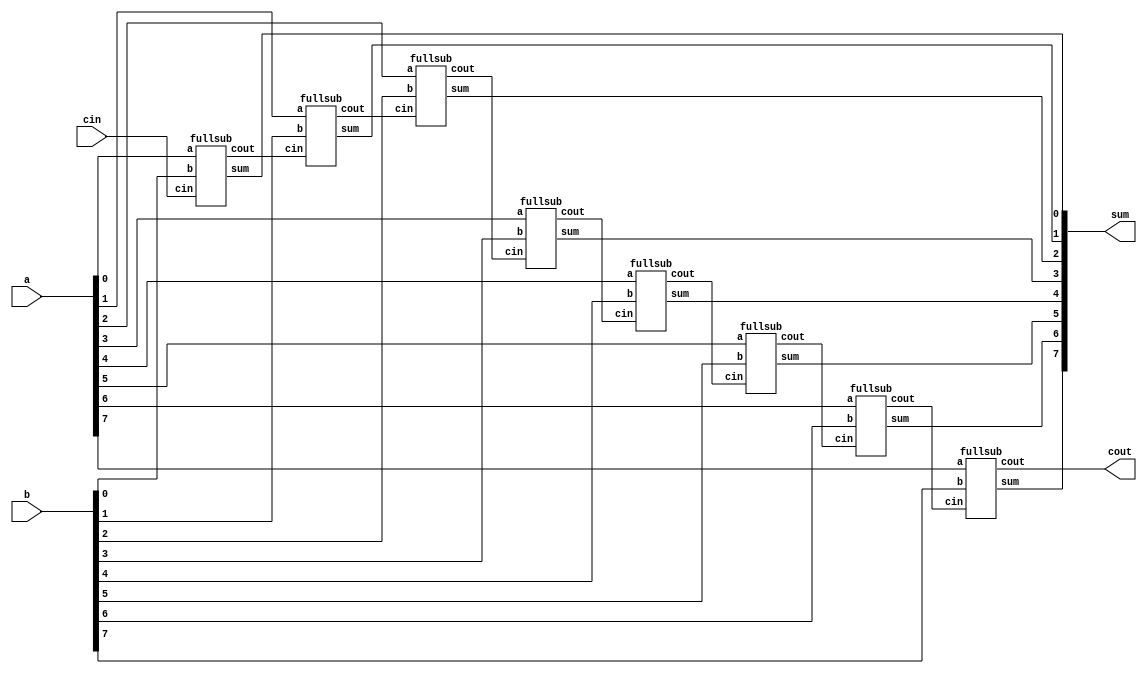

module fullsub8(sum,cout,a,b,cin);
output[7:0] sum;
output cout;
input [7:0] a,b;
input cin;
wire c1,c2,c3;
fullsub fs0(sum[0],c1,a[0],b[0],cin);
fullsub fs1(sum[1],c2,a[1],b[1],c1);
fullsub fs2(sum[2],c3,a[2],b[2],c2);
fullsub fs3(sum[3],c4,a[3],b[3],c3);
fullsub fs4(sum[4],c5,a[4],b[4],c4);
fullsub fs5(sum[5],c6,a[5],b[5],c5);
fullsub fs6(sum[6],c7,a[6],b[6],c6);
fullsub fs7(sum[7],cout,a[7],b[7],c7);
endmodule

module fullsub(sum,cout,a,b,cin);
output sum,cout;
input a,b,cin;
wire s1,s2,s3;
not(ainv,a);
and(s1,ainv,b);
and(s2,ainv,cin);
and(s3,b,cin);
or(cout,s1,s2,s3);
xor(sum,a,b,cin);
endmodule